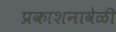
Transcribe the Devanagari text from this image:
प्रकाशनावेळी